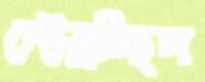
দৌড়ুচ্ছিস